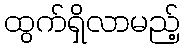
ထွက်ရှိလာမည့်